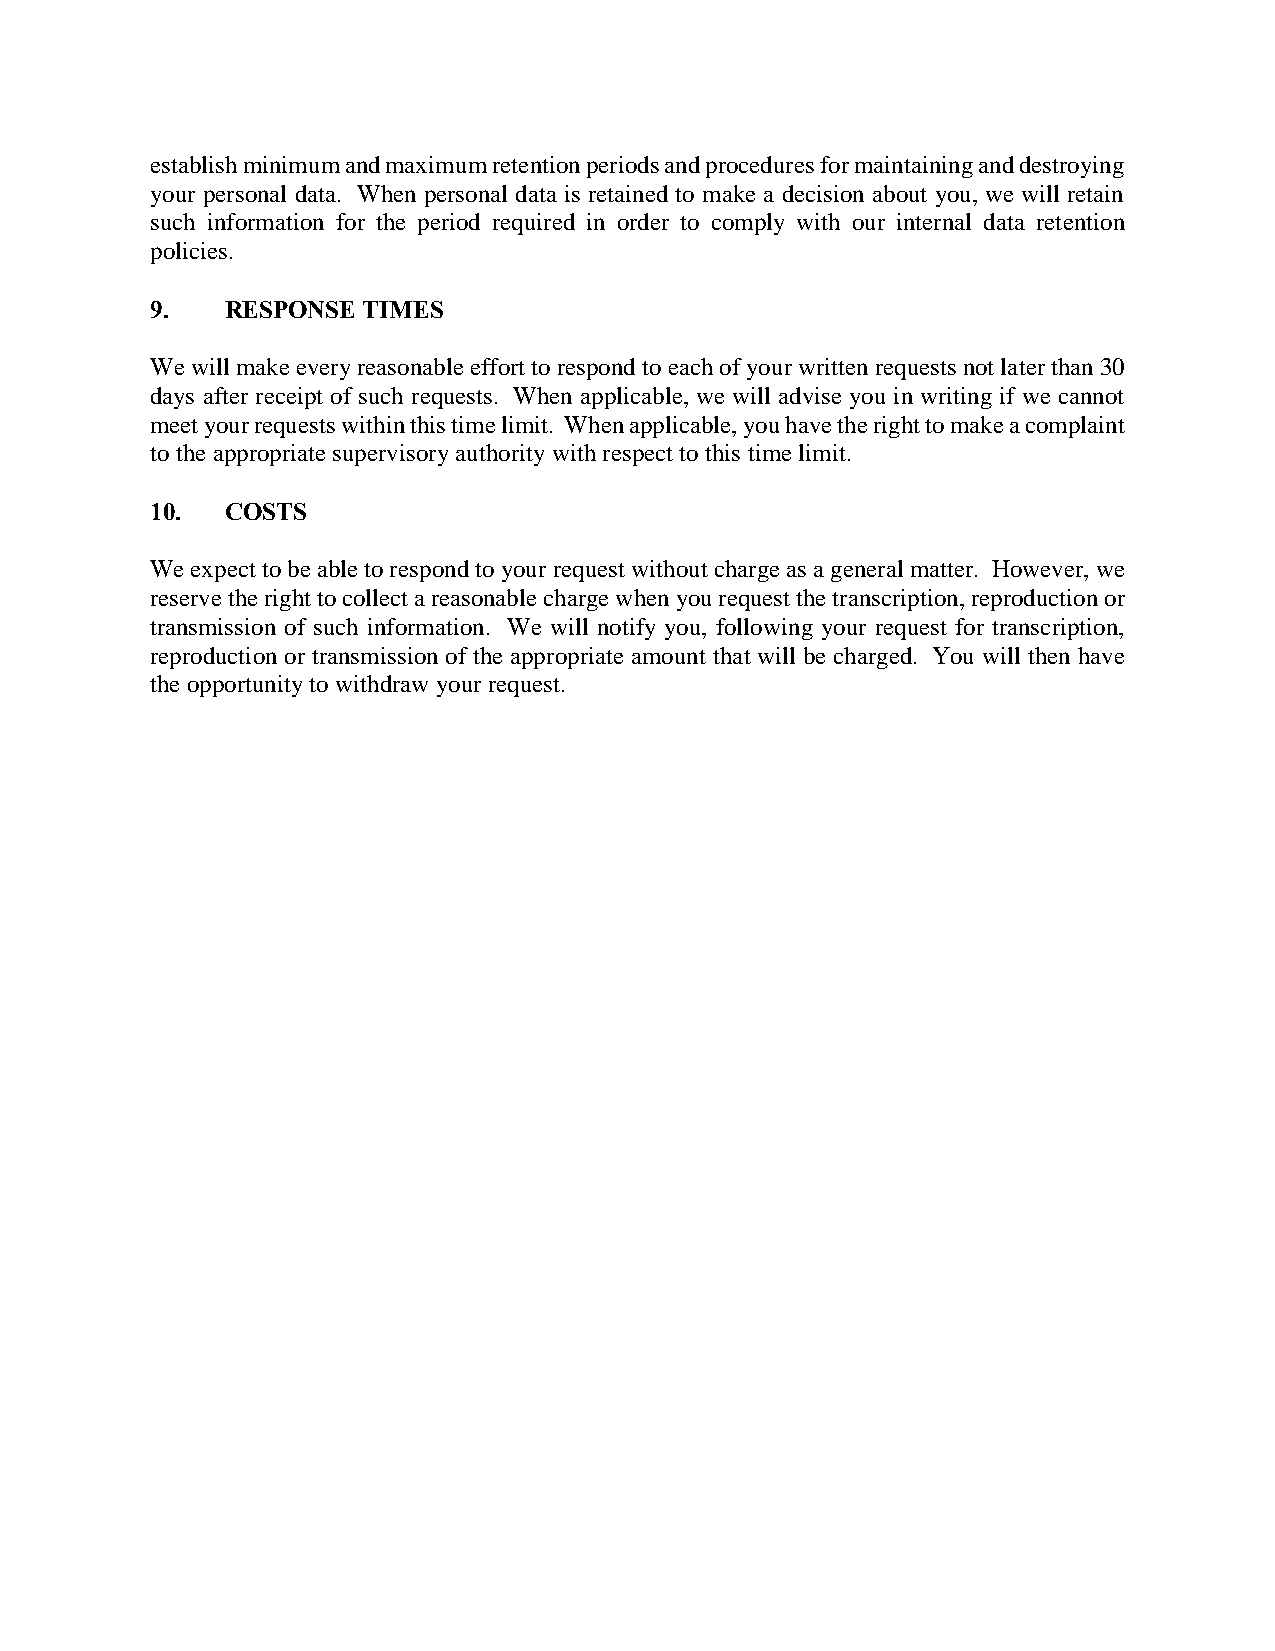
establish minimum and maximum retention periods and procedures for maintaining and destroying
 your personal data. When personal data is retained to make a decision about you, we will retain
 such information for the period required in order to comply with our internal data retention
 policies.
 9.   RESPONSE TIMES
 We will make every reasonable effort to respond to each of your written requests not later than 30
 days after receipt of such requests. When applicable, we will advise you in writing if we cannot
 meet your requests within this time limit. When applicable, you have the right to make a complaint
 to the appropriate supervisory authority with respect to this time limit.
 10.  COSTS
 We expect to be able to respond to your request without charge as a general matter. However, we
 reserve the right to collect a reasonable charge when you request the transcription, reproduction or
 transmission of such information. We will notify you, following your request for transcription,
 reproduction or transmission of the appropriate amount that will be charged. You will then have
 the opportunity to withdraw your request.